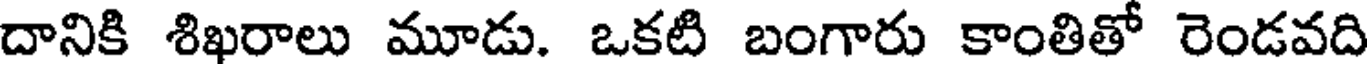
దానికి శిఖరాలు మూడు. ఒకటి బంగారు కాంతితో రెండవది